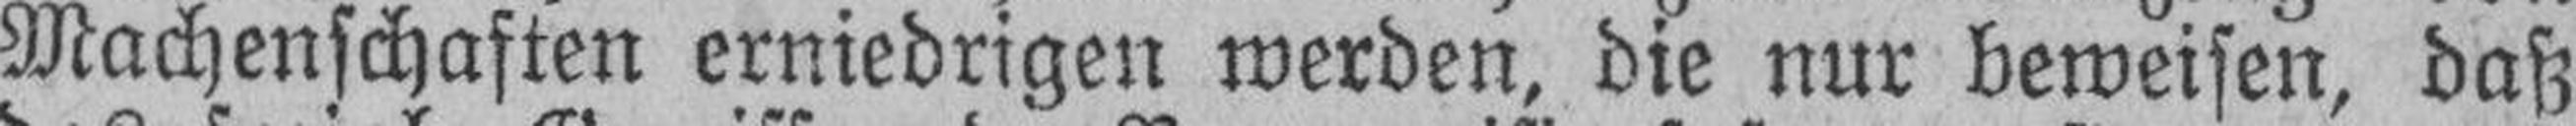
Machenschaften erniedrigen werden, die nur beweisen, daß